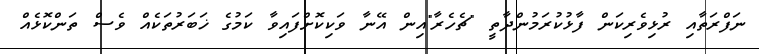
ނަފްރަތާއި ރުޅިވެރިކަން ފާޅުކުރަމުންދާތީ "ޗެހެރާ"އިން އޭނާ ވަކިކޮށްފައިވާ ކަމުގެ ޚަބަރުތަކެއް ވެސް ތަންކޮޅެއް